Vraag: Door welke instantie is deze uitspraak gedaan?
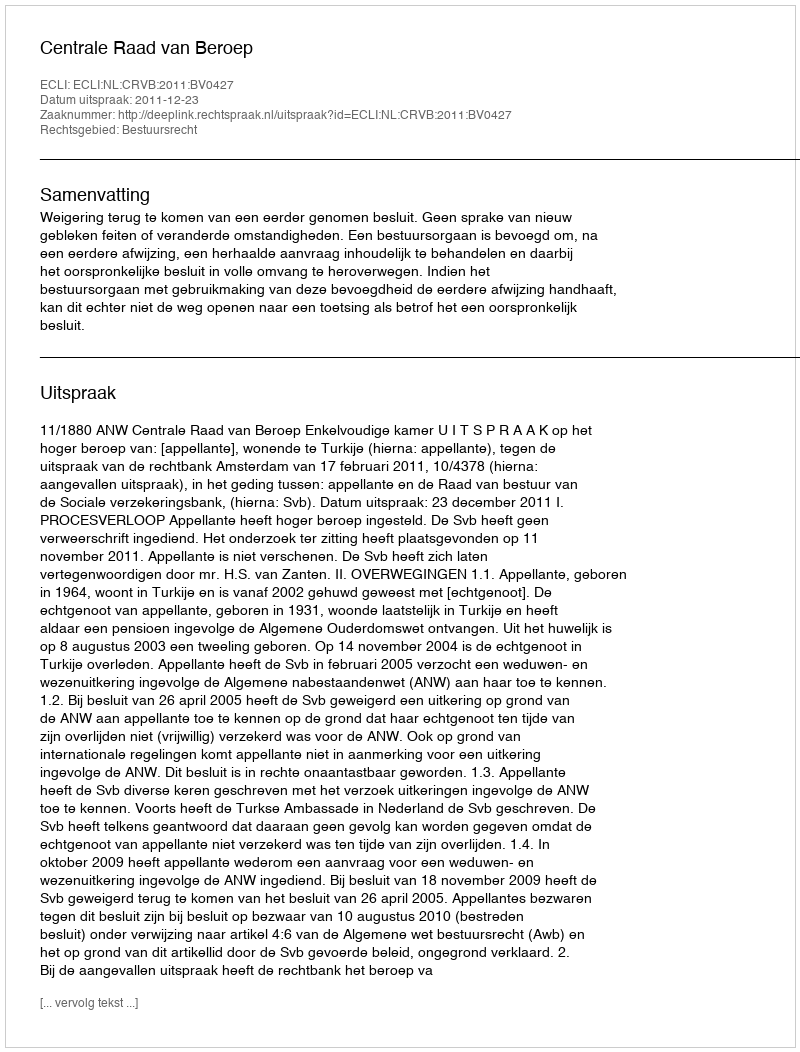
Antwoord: Centrale Raad van Beroep